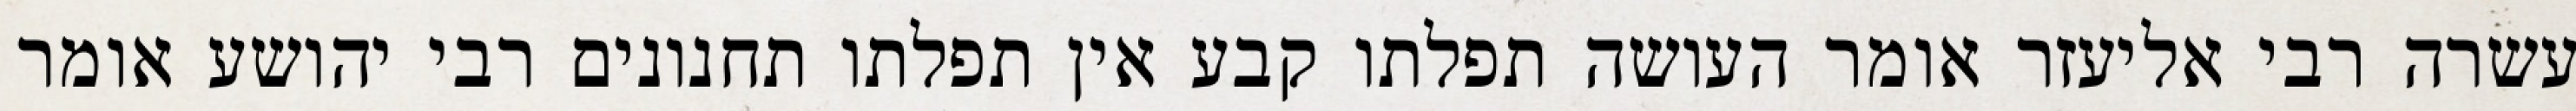
עשרה רבי אליעזר אומר העושה תפלתו קבע אין תפלתו תחנונים רבי יהושע אומר